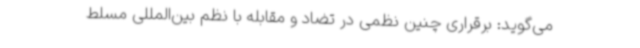
می‌گوید: برقراری چنین نظمی در تضاد و مقابله با نظم بین‌المللی مسلط